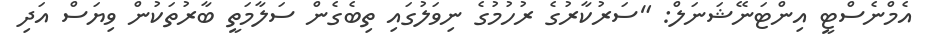
އެމްނެސްޓީ އިންޓަނޭޝަނަލް: "ސަރުކާރުގެ ރުހުމުގެ ނިވަލުގައި ތިބެގެން ސަލާމަތީ ބާރުތަކުން ވިޔަސް އަދި